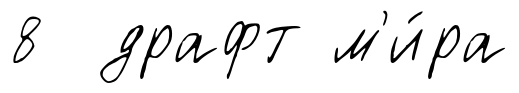
8 драфт м'и́ра